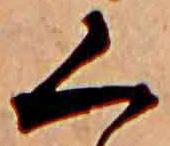
く